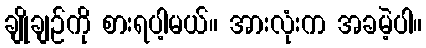
ချိုချဉ်ကို စားရပါ့မယ်။ အားလုံးက အခမဲ့ပါ။